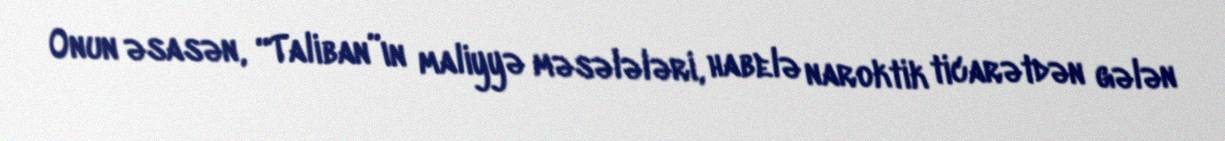
Onun əsasən, “Taliban”ın maliyyə məsələləri, habelə naroktik ticarətdən gələn